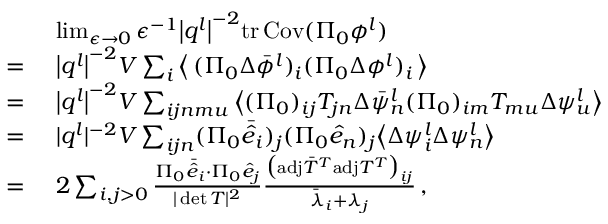
\begin{array} { r l } & { ~ \operatorname* { l i m } _ { \epsilon \rightarrow 0 } \epsilon ^ { - 1 } \big \vert \boldsymbol { q } ^ { l } \big \vert ^ { - 2 } \mathrm { t r } \, { \mathrm { C o v } ( \Pi _ { 0 } { \phi } ^ { l } ) } } \\ { = } & { ~ \big \vert \boldsymbol { q } ^ { l } \big \vert ^ { - 2 } V \sum _ { i } \big \langle \, ( \Pi _ { 0 } \Delta \bar { \phi } ^ { l } ) _ { i } ( \Pi _ { 0 } \Delta { \phi } ^ { l } ) _ { i } \, \big \rangle } \\ { = } & { ~ \big \vert \boldsymbol { q } ^ { l } \big \vert ^ { - 2 } V \sum _ { i j n m u } \big \langle ( \Pi _ { 0 } ) _ { i j } T _ { j n } \Delta \bar { \psi } _ { n } ^ { l } ( \Pi _ { 0 } ) _ { i m } T _ { m u } \Delta \psi _ { u } ^ { l } \big \rangle } \\ { = } & { ~ \vert \boldsymbol { q } ^ { l } \vert ^ { - 2 } V \sum _ { i j n } ( \Pi _ { 0 } \bar { \hat { e } } _ { i } ) _ { j } ( \Pi _ { 0 } \hat { e } _ { n } ) _ { j } \big \langle \Delta \psi _ { i } ^ { l } \Delta \psi _ { n } ^ { l } \big \rangle } \\ { = } & { ~ 2 \sum _ { i , j > 0 } \frac { \Pi _ { 0 } \bar { \hat { e } } _ { i } \cdot \Pi _ { 0 } \hat { e } _ { j } } { \vert \operatorname* { d e t } T \vert ^ { 2 } } \frac { \big ( \mathrm { a d j } \bar { T } ^ { T } \mathrm { a d j } T ^ { T } \big ) _ { i j } } { \bar { \lambda } _ { i } + \lambda _ { j } } \, , } \end{array}